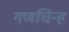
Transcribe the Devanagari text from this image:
गणचिन्ह